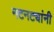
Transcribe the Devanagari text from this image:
नटनट्यांनी